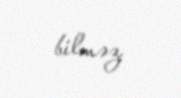
bilməz.